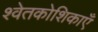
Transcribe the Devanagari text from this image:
श्वेतकोशिकाएँ